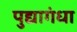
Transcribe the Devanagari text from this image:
पुद्यागंधा